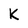
Character: K